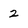
Character: 2